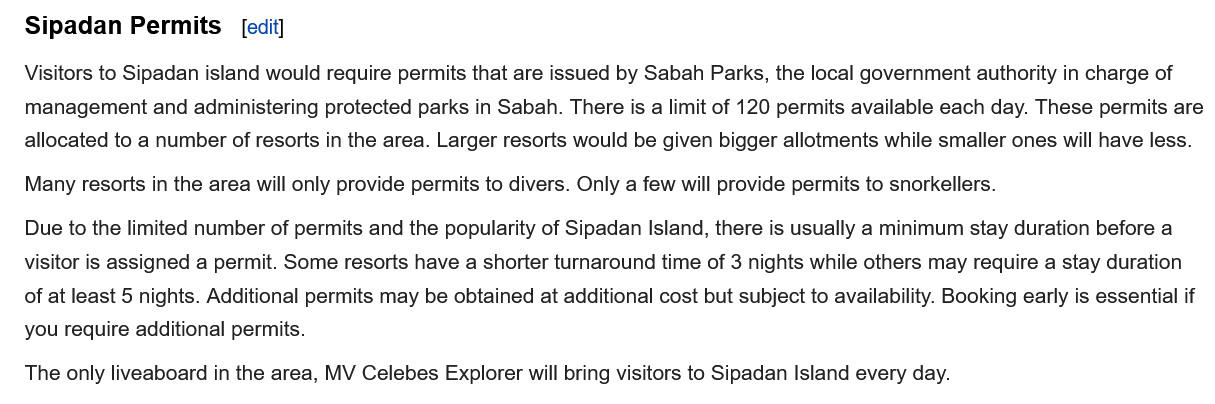
Visitors to Sipadan island would require permits that are issued by Sabah Parks, the local government authority in charge of
   management and  administering protected parks in Sabah. There is a limit of 120 permits available each day. These permits are
   allocated to a number of resorts in the area. Larger resorts would be given bigger allotments while smaller ones will have less.
   The only liveaboard in the area, MV Celebes Explorer will bring visitors to Sipadan Island every day.
   Due to the limited number of permits and the popularity of Sipadan Island, there is usually a minimum stay duration before a
   visitor is assigned a permit. Some resorts have a shorter turnaround time of 3 nights while others may require a stay duration
   of at least 5 nights. Additional permits may be obtained at additional cost but subject to availability. Booking early is essential if
   you require additional permits.
   Sipadan   Permits    [edit]
   Many resorts in the area will only provide permits to divers. Only a few will provide permits to snorkellers.